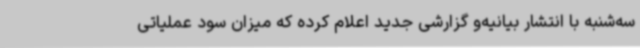
سه‌شنبه با انتشار بیانیه‌و گزارشی جدید اعلام کرده که میزان سود عملیاتی